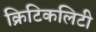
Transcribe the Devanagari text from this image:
क्रिटिकलिटी